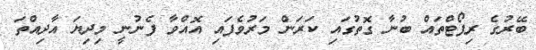
ބޭރުގެ ރިޕޯޓްތައް ބުނާ ގޮތުގައި ކަރަން މަރުވެފައި އޮއްވާ ފެނުނީ މިދިޔަ އާދިއްތަ